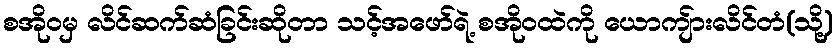
စအိုဝမှ လိင်ဆက်ဆံခြင်းဆိုတာ သင့်အဖော်ရဲ့ စအိုဝထဲကို ယောကျ်ားလိင်တံ(သို့)